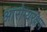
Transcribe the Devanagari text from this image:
आरोग्यरक्षण